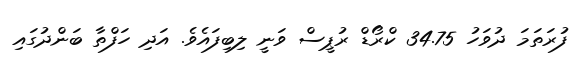
ފުރަތަމަ ދުވަހު 34.75 ކްރޯޑް ރުޕީސް ވަނީ ލިބިފައެވެ. އަދި ހަފްތާ ބަންދުގައި